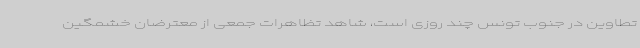
تطاوین در جنوب تونس چند روزی است، شاهد تظاهرات جمعی از معترضان خشمگین